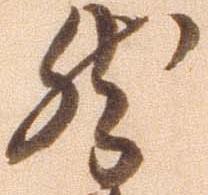
然